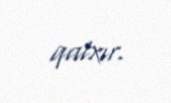
qalxır.